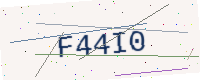
Text: F44I0